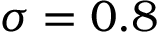
\sigma = 0 . 8